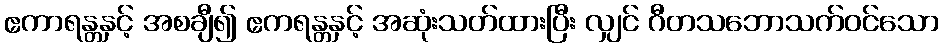
ဧကာရန္တနှင့် အစချီ၍ ဧကရန္တနှင့် အဆုံးသတ်ထားပြီး လျှင် ဂီတသဘောသက်ဝင်သော